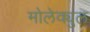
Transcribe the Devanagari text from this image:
मोलेक्युल